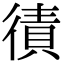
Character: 㣱